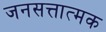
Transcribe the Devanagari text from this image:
जनसत्तात्मक